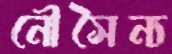
নৌসৈন্য